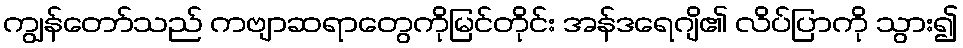
ကျွန်တော်သည် ကဗျာဆရာတွေကိုမြင်တိုင်း အန်ဒရေဂျိ၏ လိပ်ပြာကို သွား၍